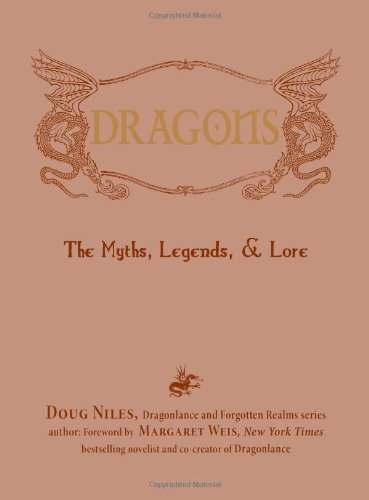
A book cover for Dragons: The Myths, Legends, and Lore; Doug Niles; Science Fiction & Fantasy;